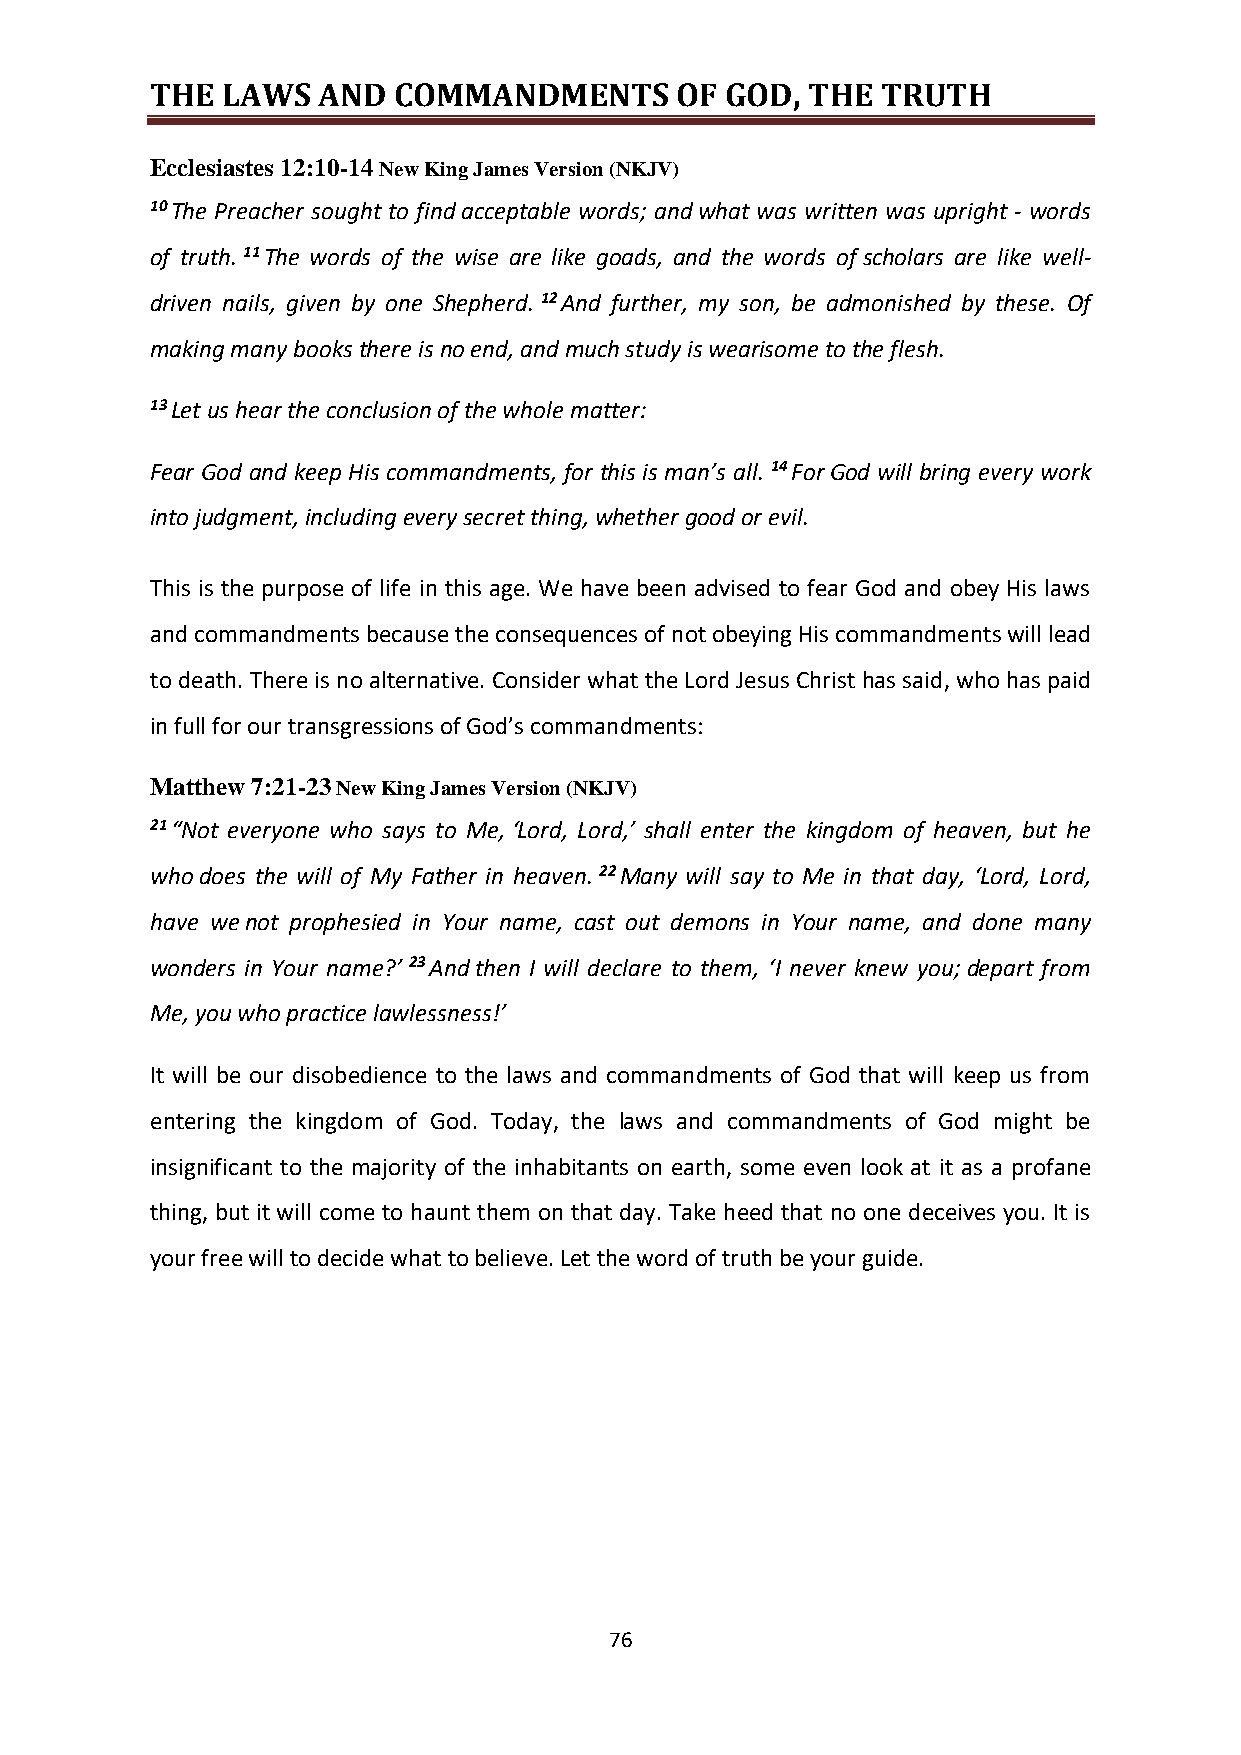
THE  LAWS  AND  COMMANDMENTS       OF GOD, THE  TRUTH
 Ecclesiastes 12:10-14 New King James Version (NKJV)
 10 The Preacher sought to find acceptable words; and what was written was upright - words
 of truth. 11 The words of the wise are like goads, and the words of scholars are like well-
 driven nails, given by one Shepherd. 12 And further, my son, be admonished by these. Of
 making many books there is no end, and much study is wearisome to the flesh.
 13 Let us hear the conclusion of the whole matter:
 Fear God and keep His commandments, for this is man’s all. 14 For God will bring every work
 into judgment, including every secret thing, whether good or evil.
 This is the purpose of life in this age. We have been advised to fear God and obey His laws
 and commandments because the consequences of not obeying His commandments will lead
 to death. There is no alternative. Consider what the Lord Jesus Christ has said, who has paid
 in full for our transgressions of God’s commandments:
 Matthew 7:21-23 New King James Version (NKJV)
 21 “Not everyone who says to Me, ‘Lord, Lord,’ shall enter the kingdom of heaven, but he
 who does the will of My Father in heaven. 22 Many will say to Me in that day, ‘Lord, Lord,
 have we not prophesied in Your name, cast out demons in Your name, and done many
 wonders in Your name?’ 23 And then I will declare to them, ‘I never knew you; depart from
 Me, you who practice lawlessness!’
 It will be our disobedience to the laws and commandments of God that will keep us from
 entering the kingdom of God. Today, the laws and commandments of God might be
 insignificant to the majority of the inhabitants on earth, some even look at it as a profane
 thing, but it will come to haunt them on that day. Take heed that no one deceives you. It is
 your free will to decide what to believe. Let the word of truth be your guide.
 76